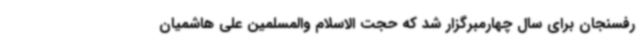
رفسنجان برای سال چهارمبرگزار شد که حجت الاسلام والمسلمین علی هاشمیان